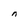
Character: n